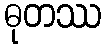
ဓုတဿ